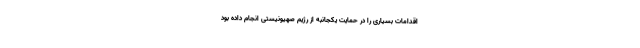
اقدامات بسیاری را در حمایت یکجانبه از رژیم صهیونیستی انجام داده بود